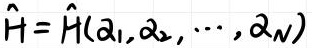
\(\hat{H} = \hat{H}(\alpha_1,\alpha_2,\cdots,\alpha_N)\)